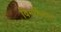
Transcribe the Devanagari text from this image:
विमर्शिनाम्